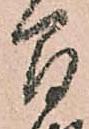
間